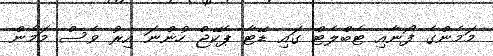
މަމެންގެ ފޯނާއި ޓެބްލެޓް ގައި ޑޭޓާ ޕެކޭޖް ހުންނަ އިރު ވެސް މަމެން